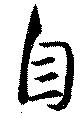
自